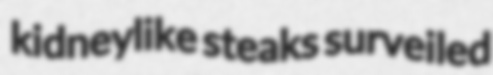
kidneylike steaks surveiled